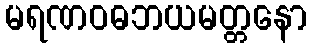
မရဏဝဓဘယမတ္တနော